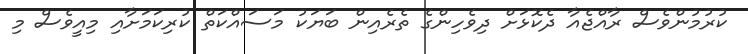
ކުރުމުންވެސް ރާއްޖެއާ ދެކޮޅަށް ދިވެހިންގެ ތެރެއިން ބަޔަކު މަސައްކަތް ކުރިކަމަށާއި މިއީވެސް މި